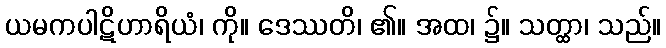
ယမကပါဋိဟာရိယံ၊ ကို။ ဒေဿတိ၊ ၏။ အထ၊ ၌။ သတ္ထာ၊ သည်။